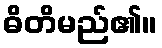
ဓိတိမည်၏။